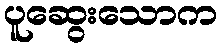
ပူဆွေးသောက